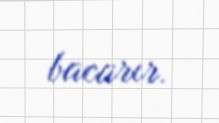
bacarır.